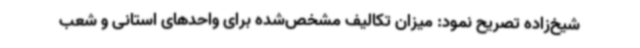
شیخ‌زاده تصریح نمود: میزان تکالیف مشخص‌شده برای واحدهای استانی و شعب